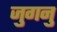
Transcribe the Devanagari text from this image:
जुगनु